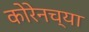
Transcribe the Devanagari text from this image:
कोरेनच्या